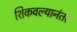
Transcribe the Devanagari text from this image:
शिकवल्यानंतर